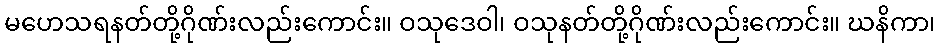
မဟေသရနတ်တို့ဂိုဏ်းလည်းကောင်း။ ဝသုဒေဝါ၊ ဝသုနတ်တို့ဂိုဏ်းလည်းကောင်း။ ဃနိကာ၊